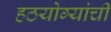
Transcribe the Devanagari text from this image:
हठयोग्यांची